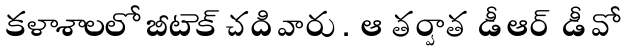
కళాశాలలో బీటెక్ చదివారు. ఆ తర్వాత డీఆర్ డీవో